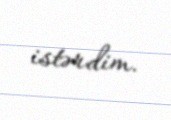
istərdim.